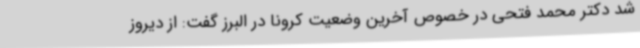
شد دکتر محمد فتحی در خصوص آخرین وضعیت کرونا در البرز گفت: از دیروز